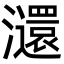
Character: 㶎